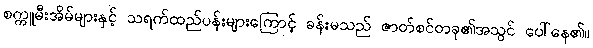
စက္ကူမီးအိမ်များနှင့် သရက်ထည်ပန်းများကြောင့် ခန်းမသည် ဇာတ်စင်တခု၏အသွင် ပေါ်နေ၏။